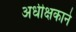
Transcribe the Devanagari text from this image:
अधीक्षकाने